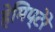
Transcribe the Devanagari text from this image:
हेमिप्टेरे